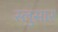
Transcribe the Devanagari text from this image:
स्लुसार